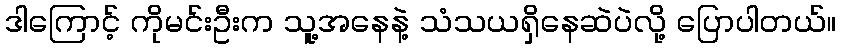
ဒါကြောင့် ကိုမင်းဦးက သူ့အနေနဲ့ သံသယရှိနေဆဲပဲလို့ ပြောပါတယ်။